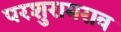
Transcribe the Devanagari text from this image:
परशुरामराव